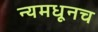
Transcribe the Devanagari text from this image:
न्यमधूनच